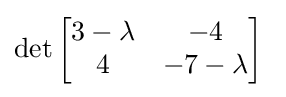
\det {\begin{bmatrix}3-\lambda &-4\\4&-7-\lambda \end{bmatrix}}~